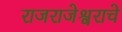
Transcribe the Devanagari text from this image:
राजराजेश्वराचे